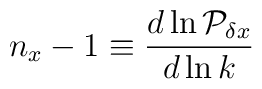
n_x -1 \equiv {d\ln{\cal P}_{\delta x} \over d\ln k}